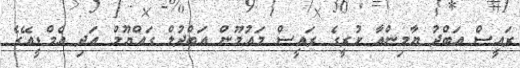
ރައީސް އަބްދު ޔާމިންއާ ކުރީގެ ރައީސް މައުމޫން އަބްދުލް ގައްޔޫމް އަދި އެމްޑީއޭގެ